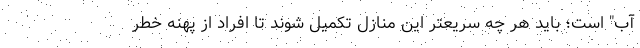
آب" است؛ باید هر چه سریعتر این منازل تکمیل شوند تا افراد از پهنه خطر